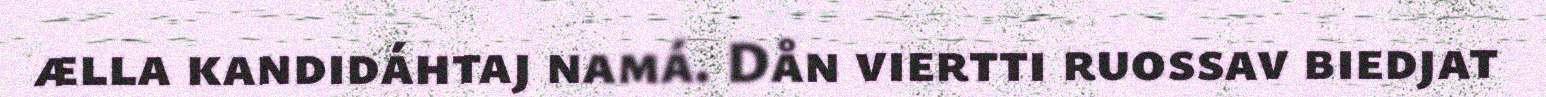
ælla kandidáhtaj namá. Dån viertti ruossav biedjat